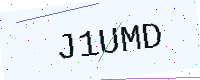
Text: J1UMD